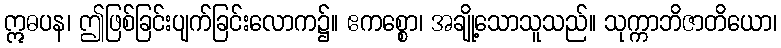
ဣဓပန၊ ဤဖြစ်ခြင်းပျက်ခြင်းလောက၌။ ဧကစ္စော၊ အချို့သောသူသည်။ သုက္ကာဘိဇာတိယော၊